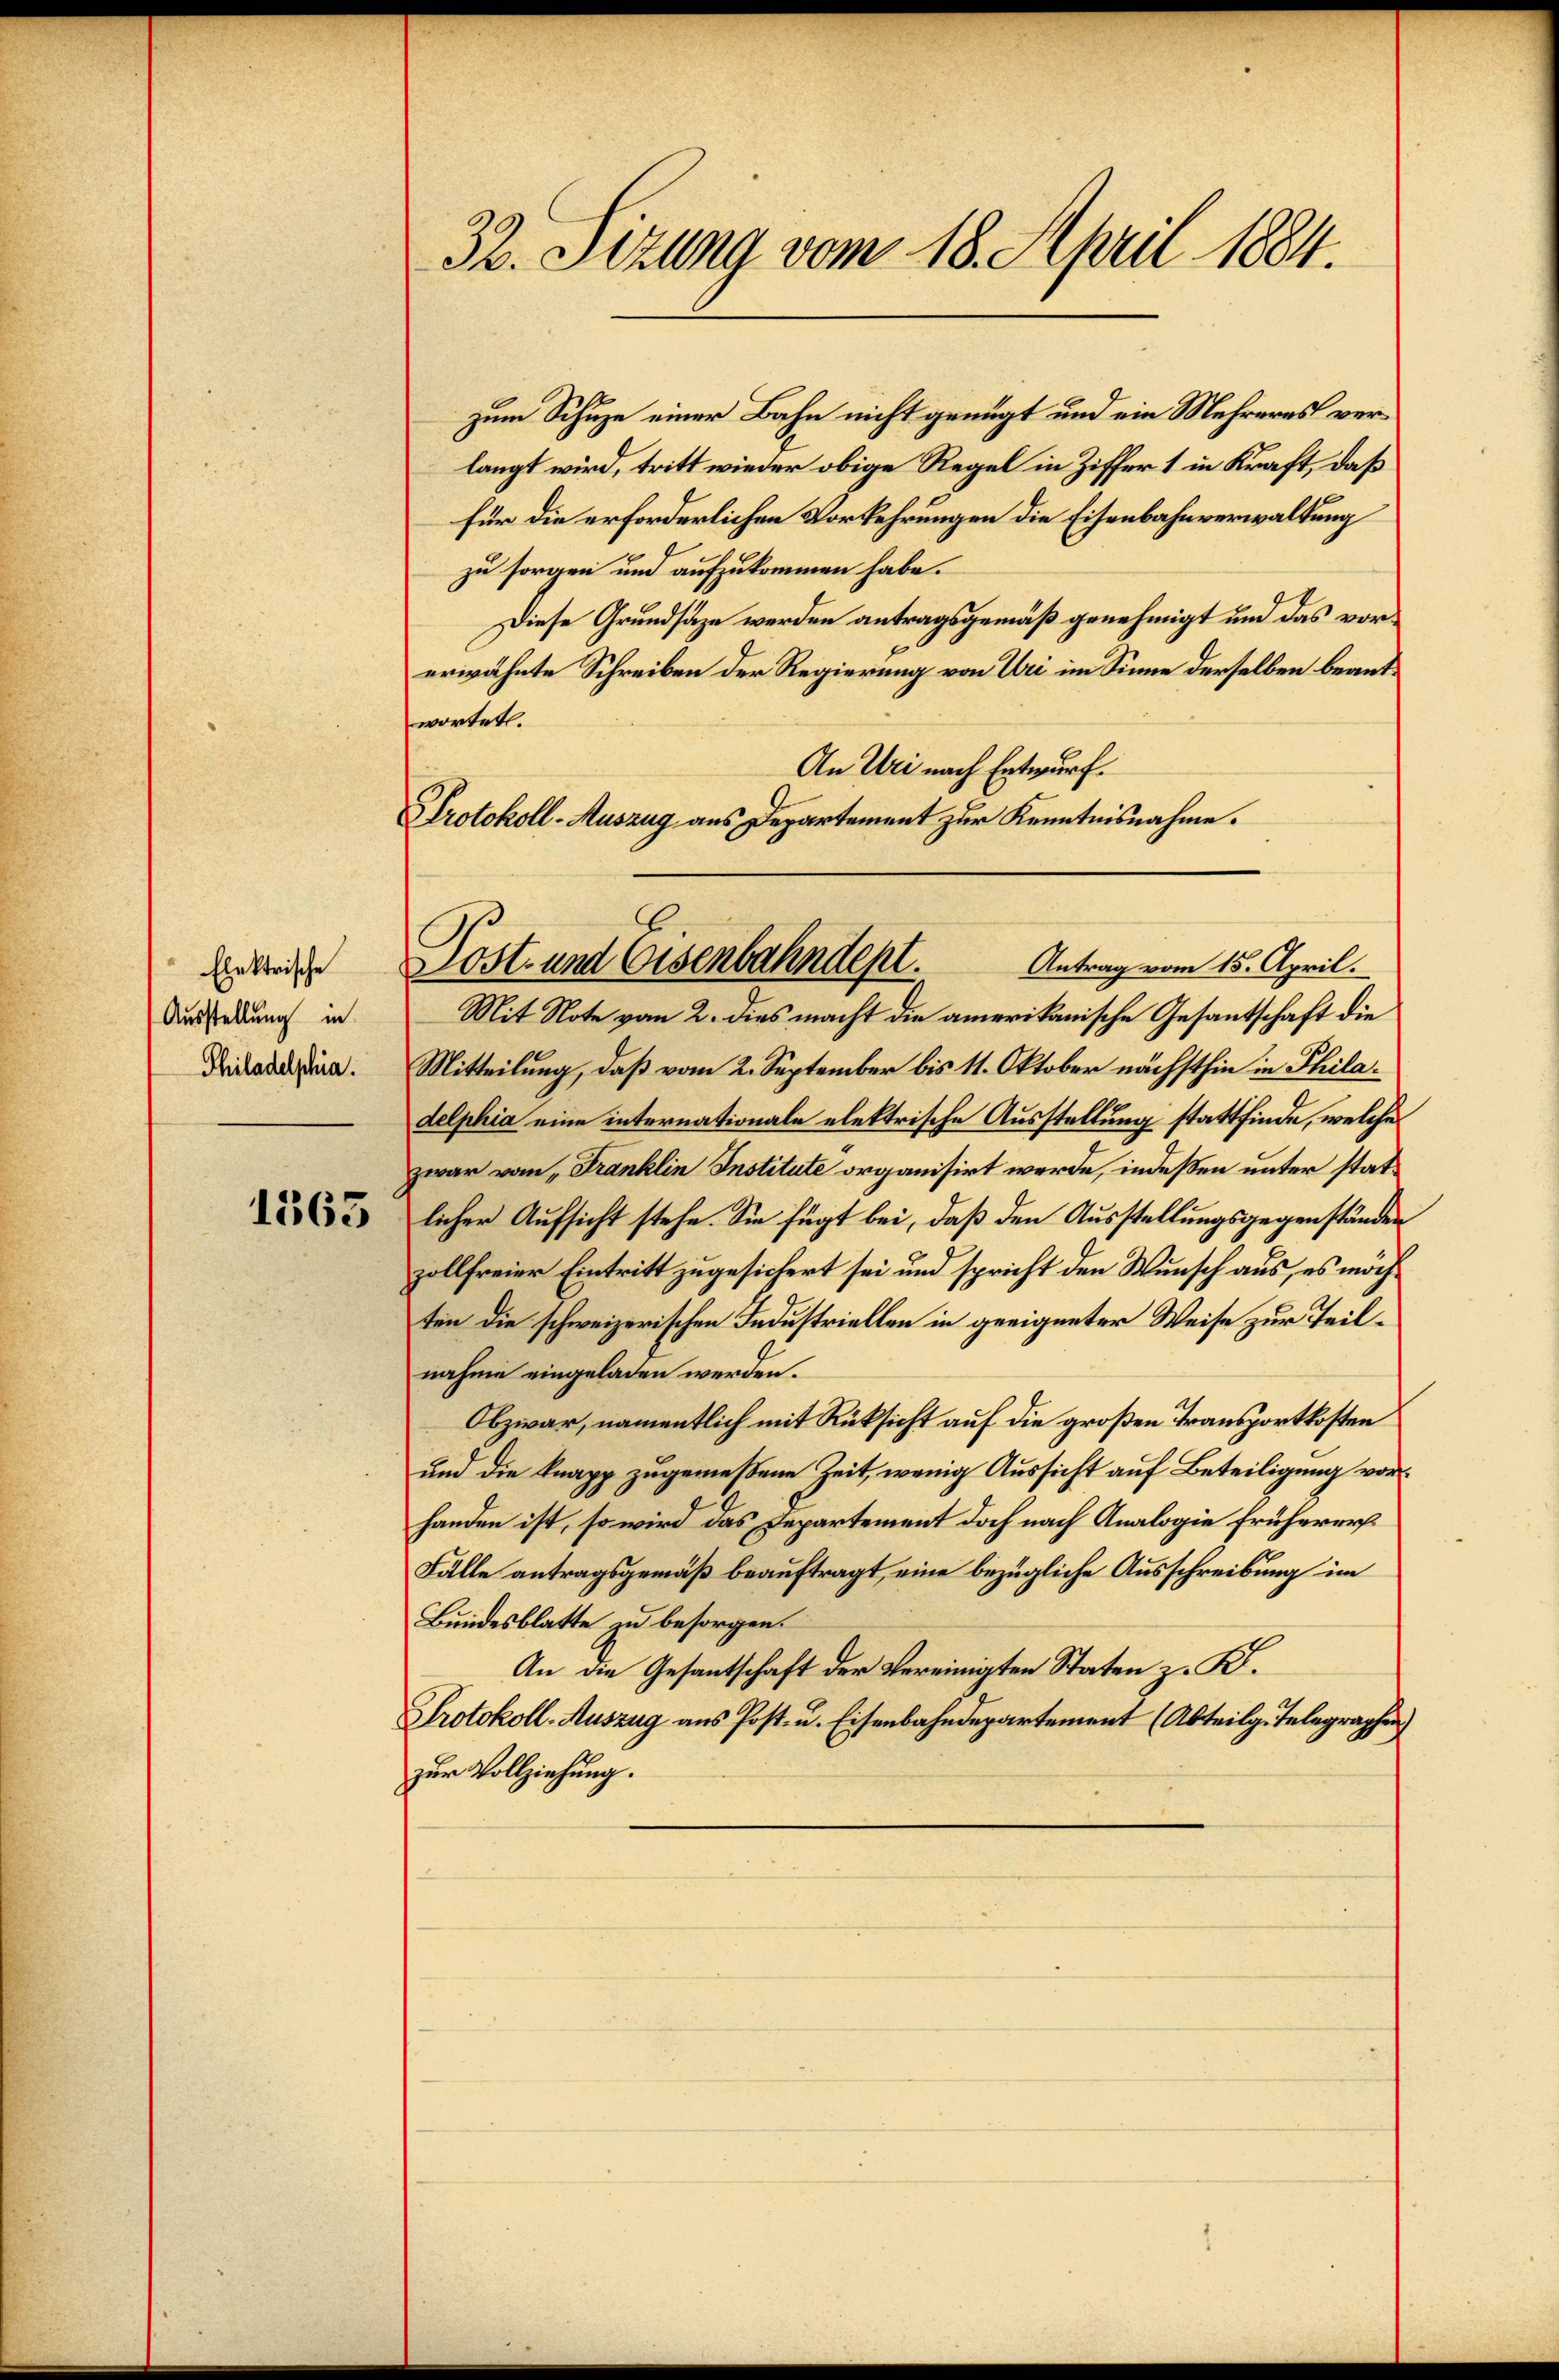
Elektrische
Ausstellung in
Philadelphia.
1363

32. Sizung vom 18. April 1884.

zum Schuze einer Bahn nicht genügt und ein Mehreres verlangt wird, tritt wieder obige Regel in Ziffer 1 in Kraft, daß
für die erforderlichen Vorkehrungen die Eisenbahnverwaltung
zu sorgen und aufzukommen habe.
Diese Grundsätze werden antragsgemäß genehmigt und das vorerwähnte Schreiben der Regierung von Uri im Sinne derselben beantwortet.
An Uri nach Entwurf.
Protokoll-Auszug aus Departement zur Kenntnisnahme.

Post- und Eisenbahndept.

Antrag vom 15. April.
Mit Note vom 2. dies macht die amerikanische Gesantschaft die
Mitteilung, daß vom 2. September bis 11. Oktober nächsthin in Philadelphia eine internationale elektrische Ausstellung stattfinde, welche
zwar vom „Franklin Institute organisirt werde, indeßen unter statlicher Aufsicht stehe. Sie fügt bei, daß den Ausstellungsgegenständen
zollfreier Eintritt zugesichert sei und spricht den Wunsch aus, es möchten die schweizerischen Industriellen in geeigneter Weise zur Teilnahme eingeladen werden.
Obzwar, namentlich mit Rüksicht auf die großen Transportkosten
und die knapp zugemeßene Zeit, wenig Aussicht auf Beteiligung vorhanden ist, so wird das Departement doch nach Analogie früherer
Fälle antragsgemäß beauftragt, eine bezügliche Ausschreibung im
Bundesblatte zu besorgen.
An die Gesantschaft der Vereinigten Staten z. B.
Protokoll-Auszug aus Post- u. Eisenbahndepartement (Abteilg. Telegraphen
zur Vollziehung.